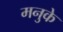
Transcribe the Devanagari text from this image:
मनुके